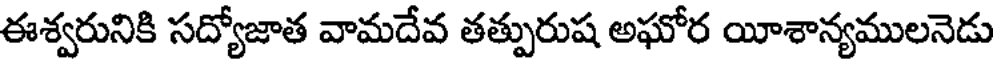
ఈశ్వరునికి సద్యోజాత వామదేవ తత్పురుష అఘోర యీశాన్యములనెడు